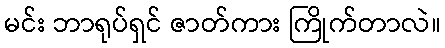
မင်း ဘာရုပ်ရှင် ဇာတ်ကား ကြိုက်တာလဲ။